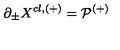
\partial _ { \pm } X ^ { c l , ( + ) } = { \cal P ^ { ( + ) } }